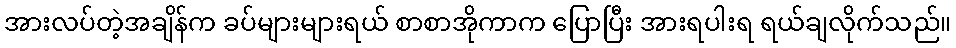
အားလပ်တဲ့အချိန်က ခပ်များများရယ် စာစာအိုကာက ပြောပြီး အားရပါးရ ရယ်ချလိုက်သည်။